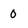
Character: 0